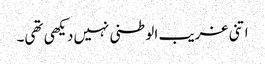
اتنی غریب الوطنی نہیں دیکھی تھی۔